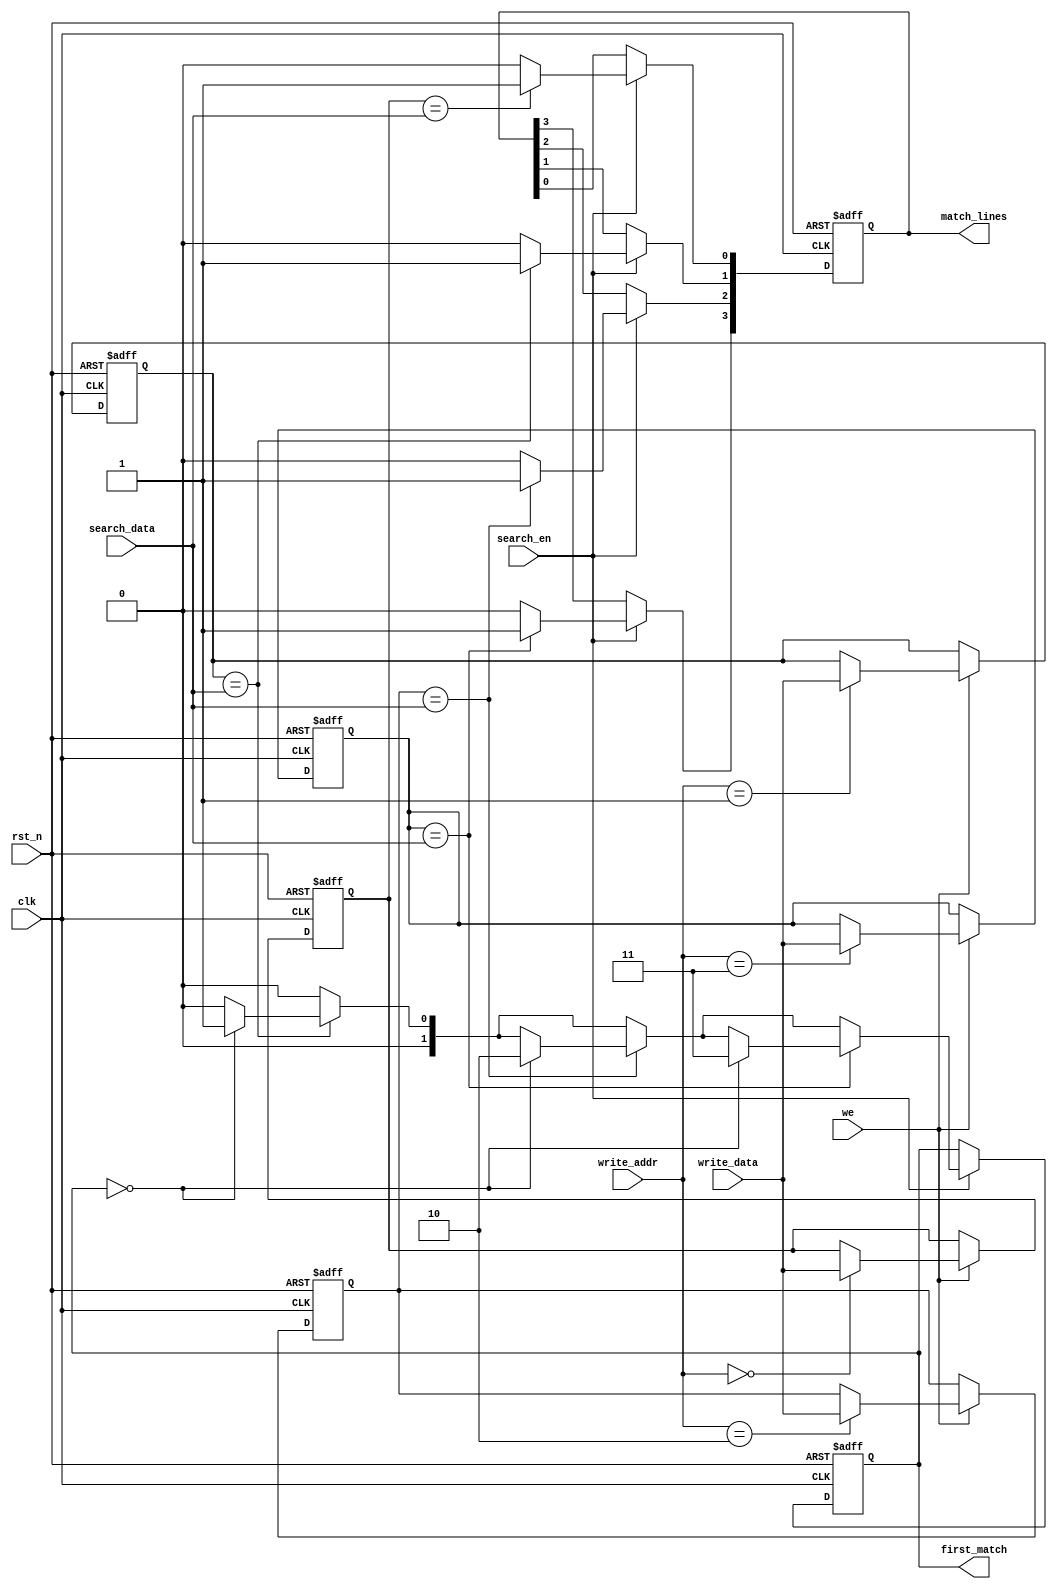
module content_addressable_memory (
    input wire clk,
    input wire rst_n,
    input wire [3:0] search_data,  // Assuming 4-bit data for search
    input wire [3:0] write_data,    // 4-bit data to write
    input wire [1:0] write_addr,    // Address to write data
    input wire we,                   // Write enable
    input wire search_en,            // Search enable
    output reg [3:0] match_lines,    // Match lines output
    output reg [1:0] first_match     // Index of the first match
);

// Memory array (4 rows, 4 bits each)
reg [3:0] cam_memory [0:3]; // 4 rows of 4 bits

integer i;

always @(posedge clk or negedge rst_n) begin
    if (!rst_n) begin
        // Reset CAM memory
        for (i = 0; i < 4; i = i + 1) begin
            cam_memory[i] <= 4'b0000;
        end
        match_lines <= 4'b0000;
        first_match <= 2'b00; // Default to no matches
    end else begin
        if (we) begin
            // Write mode
            cam_memory[write_addr] <= write_data;
        end

        if (search_en) begin
            // Search mode
            match_lines <= 4'b0000; // Clear match lines
            first_match <= 2'b00; // Reset first match index
            for (i = 0; i < 4; i = i + 1) begin
                if (cam_memory[i] == search_data) begin
                    match_lines[i] <= 1'b1; // Activate match line
                    if (first_match == 2'b00) begin
                        first_match <= i[1:0]; // Save index of first match
                    end
                end
            end
        end
    end
end

endmodule